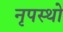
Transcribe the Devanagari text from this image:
नृपस्थो